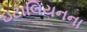
ઇટાલિયનના